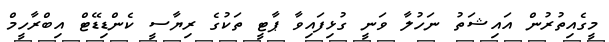
މީގެއިތުރުން އައިޝަތު ނަހުލާ ވަނީ ގުޅިފައިވާ ޕާޓީ ތަކުގެ ރިޔާސީ ކެންޑިޑޭޓް އިބްރާހީމް